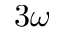
3 \omega